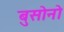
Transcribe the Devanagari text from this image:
बुसोनो